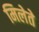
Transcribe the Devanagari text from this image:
मिलेते